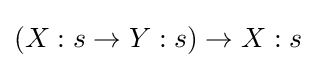
(X:s\to Y:s)\to X:s